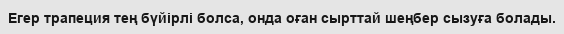
Егер трапеция тең бүйірлі болса, онда оған сырттай шеңбер сызуға болады.